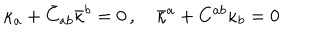
\kappa _ { a } + \bar { C } _ { a b } \bar { \kappa } ^ { b } = 0 \, , \quad \bar { \kappa } ^ { a } + C ^ { a b } \kappa _ { b } = 0